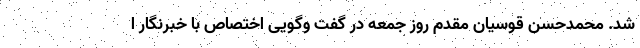
شد. محمدحسن قوسیان مقدم روز جمعه در گفت وگویی اختصاص با خبرنگار ا